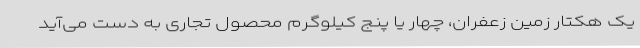
یک هکتار زمین زعفران، چهار یا پنج کیلوگرم محصول تجاری به دست می‌آید